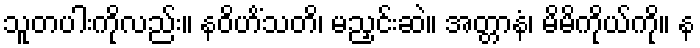
သူတပါးကိုလည်း။ နဝိဟိံသတိ၊ မညှင်းဆဲ။ အတ္တာနံ၊ မိမိကိုယ်ကို။ န